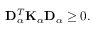
\begin{array} { r } { \mathbf { D } _ { \alpha } ^ { T } \mathbf { K } _ { \alpha } \mathbf { D } _ { \alpha } \geq 0 . } \end{array}